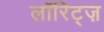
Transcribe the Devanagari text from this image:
लॉरिट्ज़